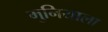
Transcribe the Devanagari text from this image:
मुनियाला